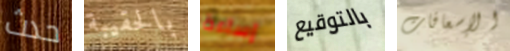
حدث بالحقيبة إساءة بالتوقيع الإسعافات